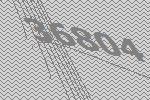
36804